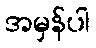
အမှန်ပါ